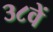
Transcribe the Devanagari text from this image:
३८वें